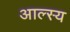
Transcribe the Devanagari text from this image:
आल्स्य